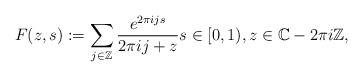
LaTeX: \begin{align*}F(z,s) := \sum_{ j \in \mathbb{Z}} \frac{e^{2 \pi i j s }}{ 2 \pi i j + z } s \in [0,1), z \in \mathbb{C} - 2 \pi i \mathbb{Z}, \end{align*}